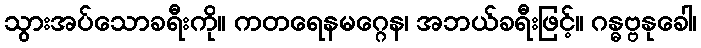
သွားအပ်သောခရီးကို။ ကတရေနမဂ္ဂေန၊ အဘယ်ခရီးဖြင့်။ ဂန္ဓဗ္ဗနုခေါ၊